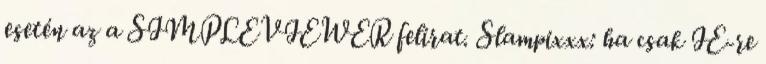
esetén az a SIMPLEVIEWER felirat. Slampixxx: ha csak IE-re